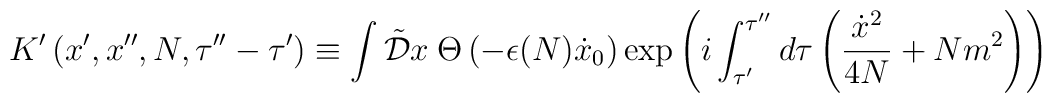
K' \left( x', x'',N,\tau''-\tau' \right) \equiv \int \tilde{\cal D} x \hspace{0.25em} \Theta\left( - \epsilon(N) \dot{x}_0 \right) \exp \left( i\int_{\tau'}^{\tau''} d\tau \left( \frac{\dot{x}^2}{4N} + N m^2 \right) \right)